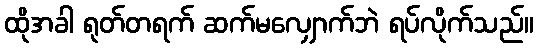
ထိုအခါ ရုတ်တရက် ဆက်မလျှောက်ဘဲ ရပ်လိုက်သည်။